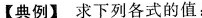
【典例】求下列各式的值：